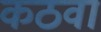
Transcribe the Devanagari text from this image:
कठवा